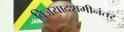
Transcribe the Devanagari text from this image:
विजयादशमीनंतर